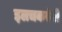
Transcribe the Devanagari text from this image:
इलचकरंजी